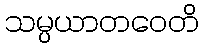
သမ္ပယာတဝေတိ